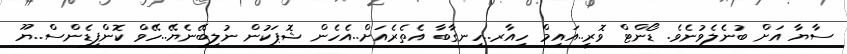
ސާޔާ އަށް ބުނެލެވުނެވެ. ޑޯންޓް ވޮރީ..އައިމް ހިއާރ..ހިނގާބާ އެތެރެއަށް..އެހެން ޝޮޕަކުން ނުލިބޭނެޔޭ..ހޭވް ކޮންފިޑެންސް..ޔޫ